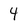
Character: 4